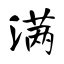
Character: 满